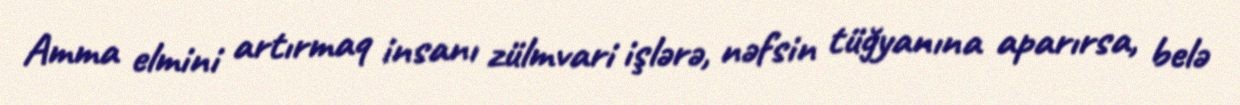
Amma elmini artırmaq insanı zülmvari işlərə, nəfsin tüğyanına aparırsa, belə